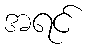
အရင်